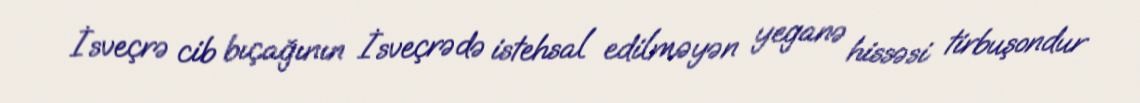
İsveçrə cib bıçağının İsveçrədə istehsal edilməyən yeganə hissəsi tirbuşondur